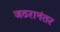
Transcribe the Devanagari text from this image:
जठरानंतर